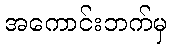
အကောင်းဘက်မှ